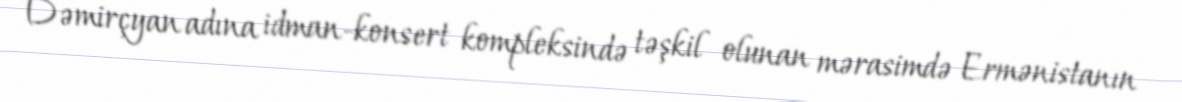
Dəmirçyan adına idman-konsert kompleksində təşkil olunan mərasimdə Ermənistanın